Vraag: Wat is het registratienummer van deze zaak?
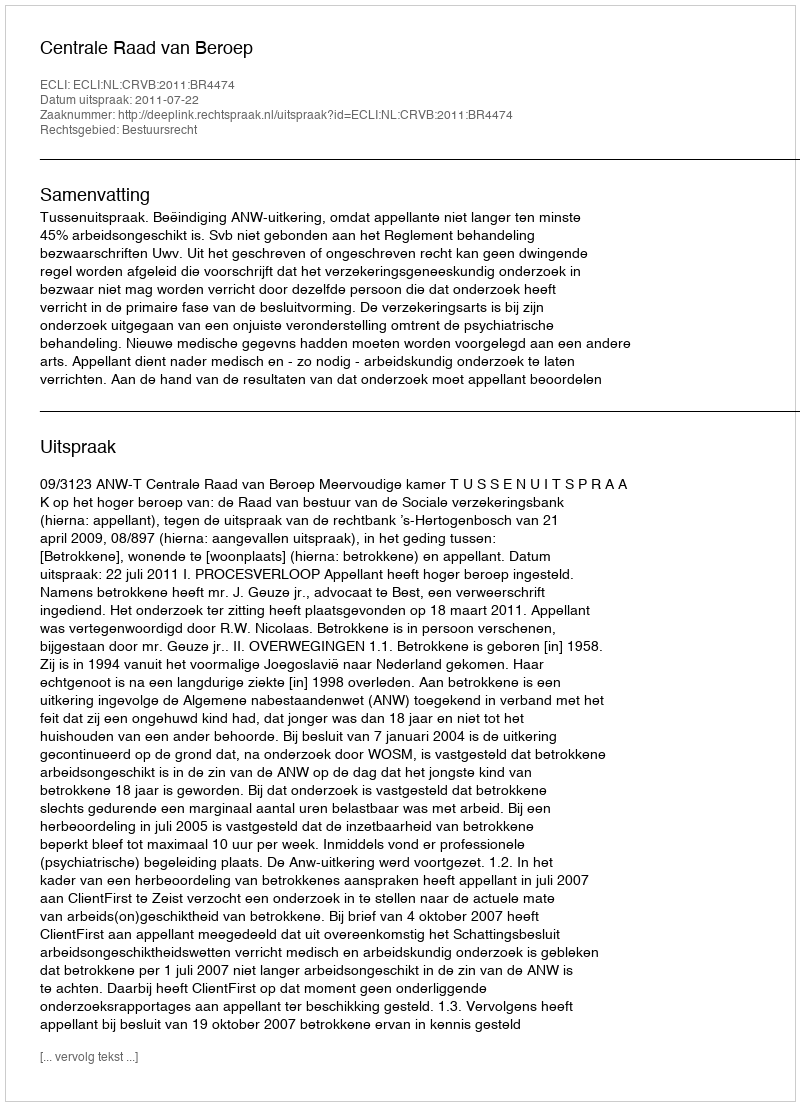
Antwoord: http://deeplink.rechtspraak.nl/uitspraak?id=ECLI:NL:CRVB:2011:BR4474